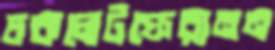
চকলেটফেরানন